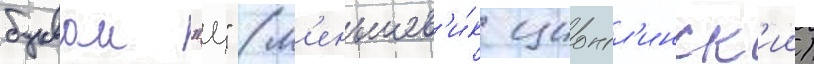
буквои "ц" (м'еньшев'и́к ционгл'инск'ии)